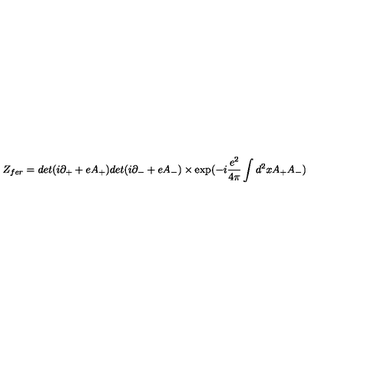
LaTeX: Z _ { f e r } = d e t ( i \partial _ { + } + e A _ { + } ) d e t ( i \partial _ { - } + e A _ { - } ) \times \exp ( - i \frac { e ^ { 2 } } { 4 \pi } \int d ^ { 2 } x A _ { + } A _ { - } )